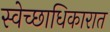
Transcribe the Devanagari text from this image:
स्वेच्छाधिकारात